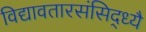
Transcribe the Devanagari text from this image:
विद्यावतारसंसिद्ध्यै